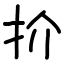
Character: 扴